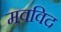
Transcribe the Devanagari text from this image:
मवविद